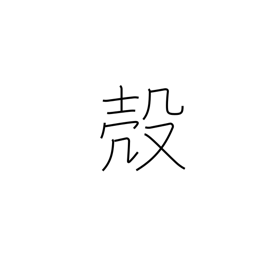
Meaning: husk